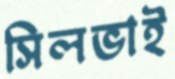
সিলভাই